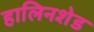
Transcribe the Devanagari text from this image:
हालिनशेड